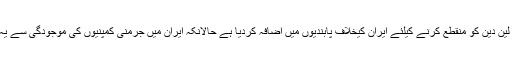
واضح رہے کہ امریکہ نے حالیہ مہینوں میں ایران کیساتھ غیر ملکی کمپنیوں کے تجارتی لین دین کو منقطع کرنے کیلئے ایران کیخلاف پابندیوں میں اضافہ کردیا ہے حالانکہ ایران میں جرمنی کمپنیوں کی موجودگی سے یہ بات ظاہر ہوتی ہے کہ ان کمپنیوں کو امریکہ کے ایسے رویوں سے کوئی پروا نہیں ہے۔